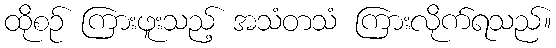
ထိုစဉ် ကြားဖူးသည့် အသံတသံ ကြားလိုက်ရသည်။